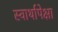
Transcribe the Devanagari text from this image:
स्वार्थापेक्षा